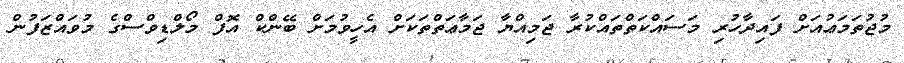
މުޖުތަމަޢުއަށް ފައިދާހުރި މަސައްކަތްތައްކުރާ ޖަމިއްޔާ ޖަމާޢަތްތަކަށް އެހީވުމަށް ބޭންކް އޮފް މޯލްޑިވްސްގެ މުވައްޒަފުން